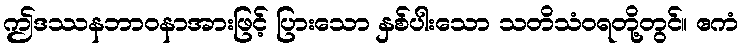
ဤဒဿနဘာဝနာအားဖြင့် ပြားသော နှစ်ပါးသော သတိသံဝရတို့တွင်။ ဧကံ